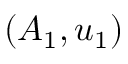
( A _ { 1 } , u _ { 1 } )